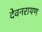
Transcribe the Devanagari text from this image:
देवनरायण